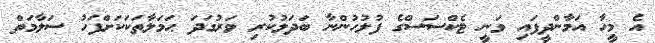
އެ މީހާ އަމާންދީފައި ވަނީ ޓެކްސަސްގެ ފުލުހުންނާ ބަދަލުކުރި ވަރުގަދަ ޙަމަލާތަކަކަށްފަހު ސަލާމަތް